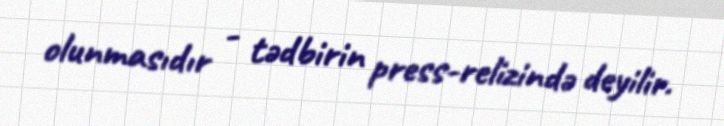
olunmasıdır - tədbirin press-relizində deyilir.